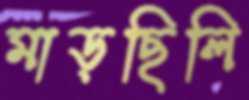
মাড়ছিলি